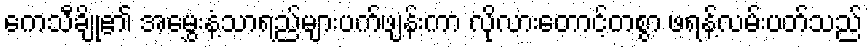
ကေသီချို၏ အမွှေးနံ့သာရည်များပက်ဖျန်းကာ လိုလားတောင့်တစွာ ဖရန့်လမ်းပတ်သည်